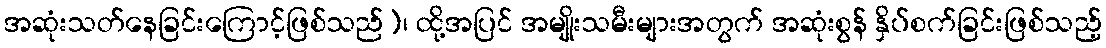
အဆုံးသတ်နေခြင်းကြောင့်ဖြစ်သည်)၊ ထို့အပြင် အမျိုးသမီးများအတွက် အဆုံးစွန် နှိပ်စက်ခြင်းဖြစ်သည့်